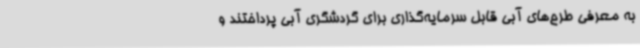
به معرفی طرح‌های آبی قابل سرمایه‌گذاری برای گردشگری آبی پرداختند و